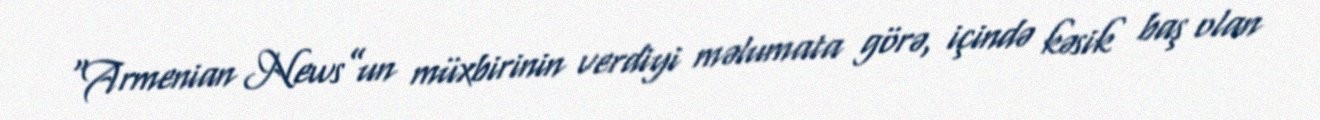
“Armenian News”un müxbirinin verdiyi məlumata görə, içində kəsik baş olan